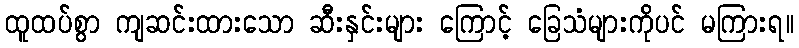
ထူထပ်စွာ ကျဆင်းထားသော ဆီးနှင်းများ ကြောင့် ခြေသံများကိုပင် မကြားရ။